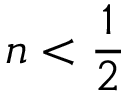
n < { \frac { 1 } { 2 } }